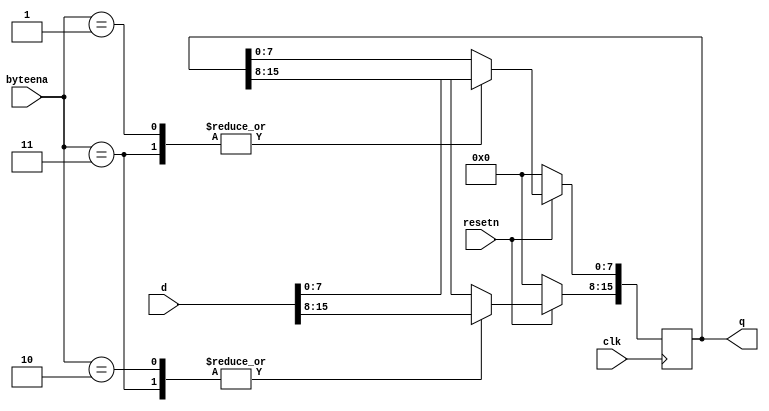
module top_module (
  input clk,
  input resetn,
  input [1:0] byteena,
  input [15:0] d,
  output [15:0] q
);
    
  localparam ALL = 2'b11;
  localparam UPPER = 2'b10;
  localparam LOWER = 2'b01;
  localparam STAY = 2'b00;
    
  always @(posedge clk) begin
      
    if (!resetn)
        q <= 0;
    else begin
        
      case (byteena)
          
        ALL:
          q <= d;
        UPPER:
          q[15:8] <= d[15:8];
        LOWER:
          q[7:0] <= d[7:0];
        STAY:
          q <= q;
          
      endcase
        
    end
      
  end

endmodule